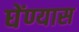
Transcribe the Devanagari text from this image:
घेंण्यास